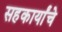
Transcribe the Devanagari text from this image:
सहकार्यांचे